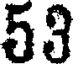
53